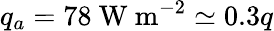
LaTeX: q_{a}=78~\mathrm{W~m}^{-2}\simeq 0.3q